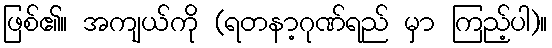
ဖြစ်၏။ အကျယ်ကို (ရတနာ့ဂုဏ်ရည် မှာ ကြည့်ပါ)။